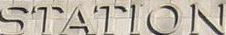
STATION